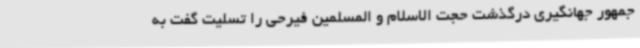
جمهور جهانگیری درگذشت حجت الاسلام و المسلمین فیرحی را تسلیت گفت به